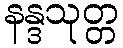
နန္ဒသုတ္တ